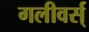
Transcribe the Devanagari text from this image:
गलीवर्स्